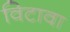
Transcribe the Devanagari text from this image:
विटावा